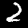
Label: 2